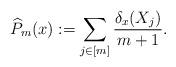
LaTeX: \begin{align*} \widehat{P}_m(x) := \sum_{j\in [m]} \frac{\delta_x(X_j)}{m+1}.\end{align*}